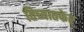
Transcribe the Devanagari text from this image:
तिच्यातफेर्